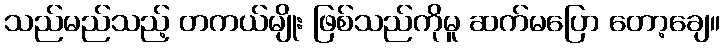
သည်မည်သည့် တကယ်မျိုး ဖြစ်သည်ကိုမူ ဆက်မပြော တော့ချေ။